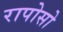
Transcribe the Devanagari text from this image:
रापोसो